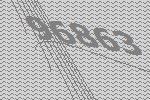
96863